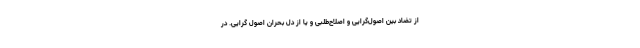
از تضاد بین اصول‌گرایی و اصلاح‌طلبی و یا از دل بحران اصول گرایی. در